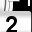
Digit: 2